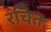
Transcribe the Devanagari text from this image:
रचितः